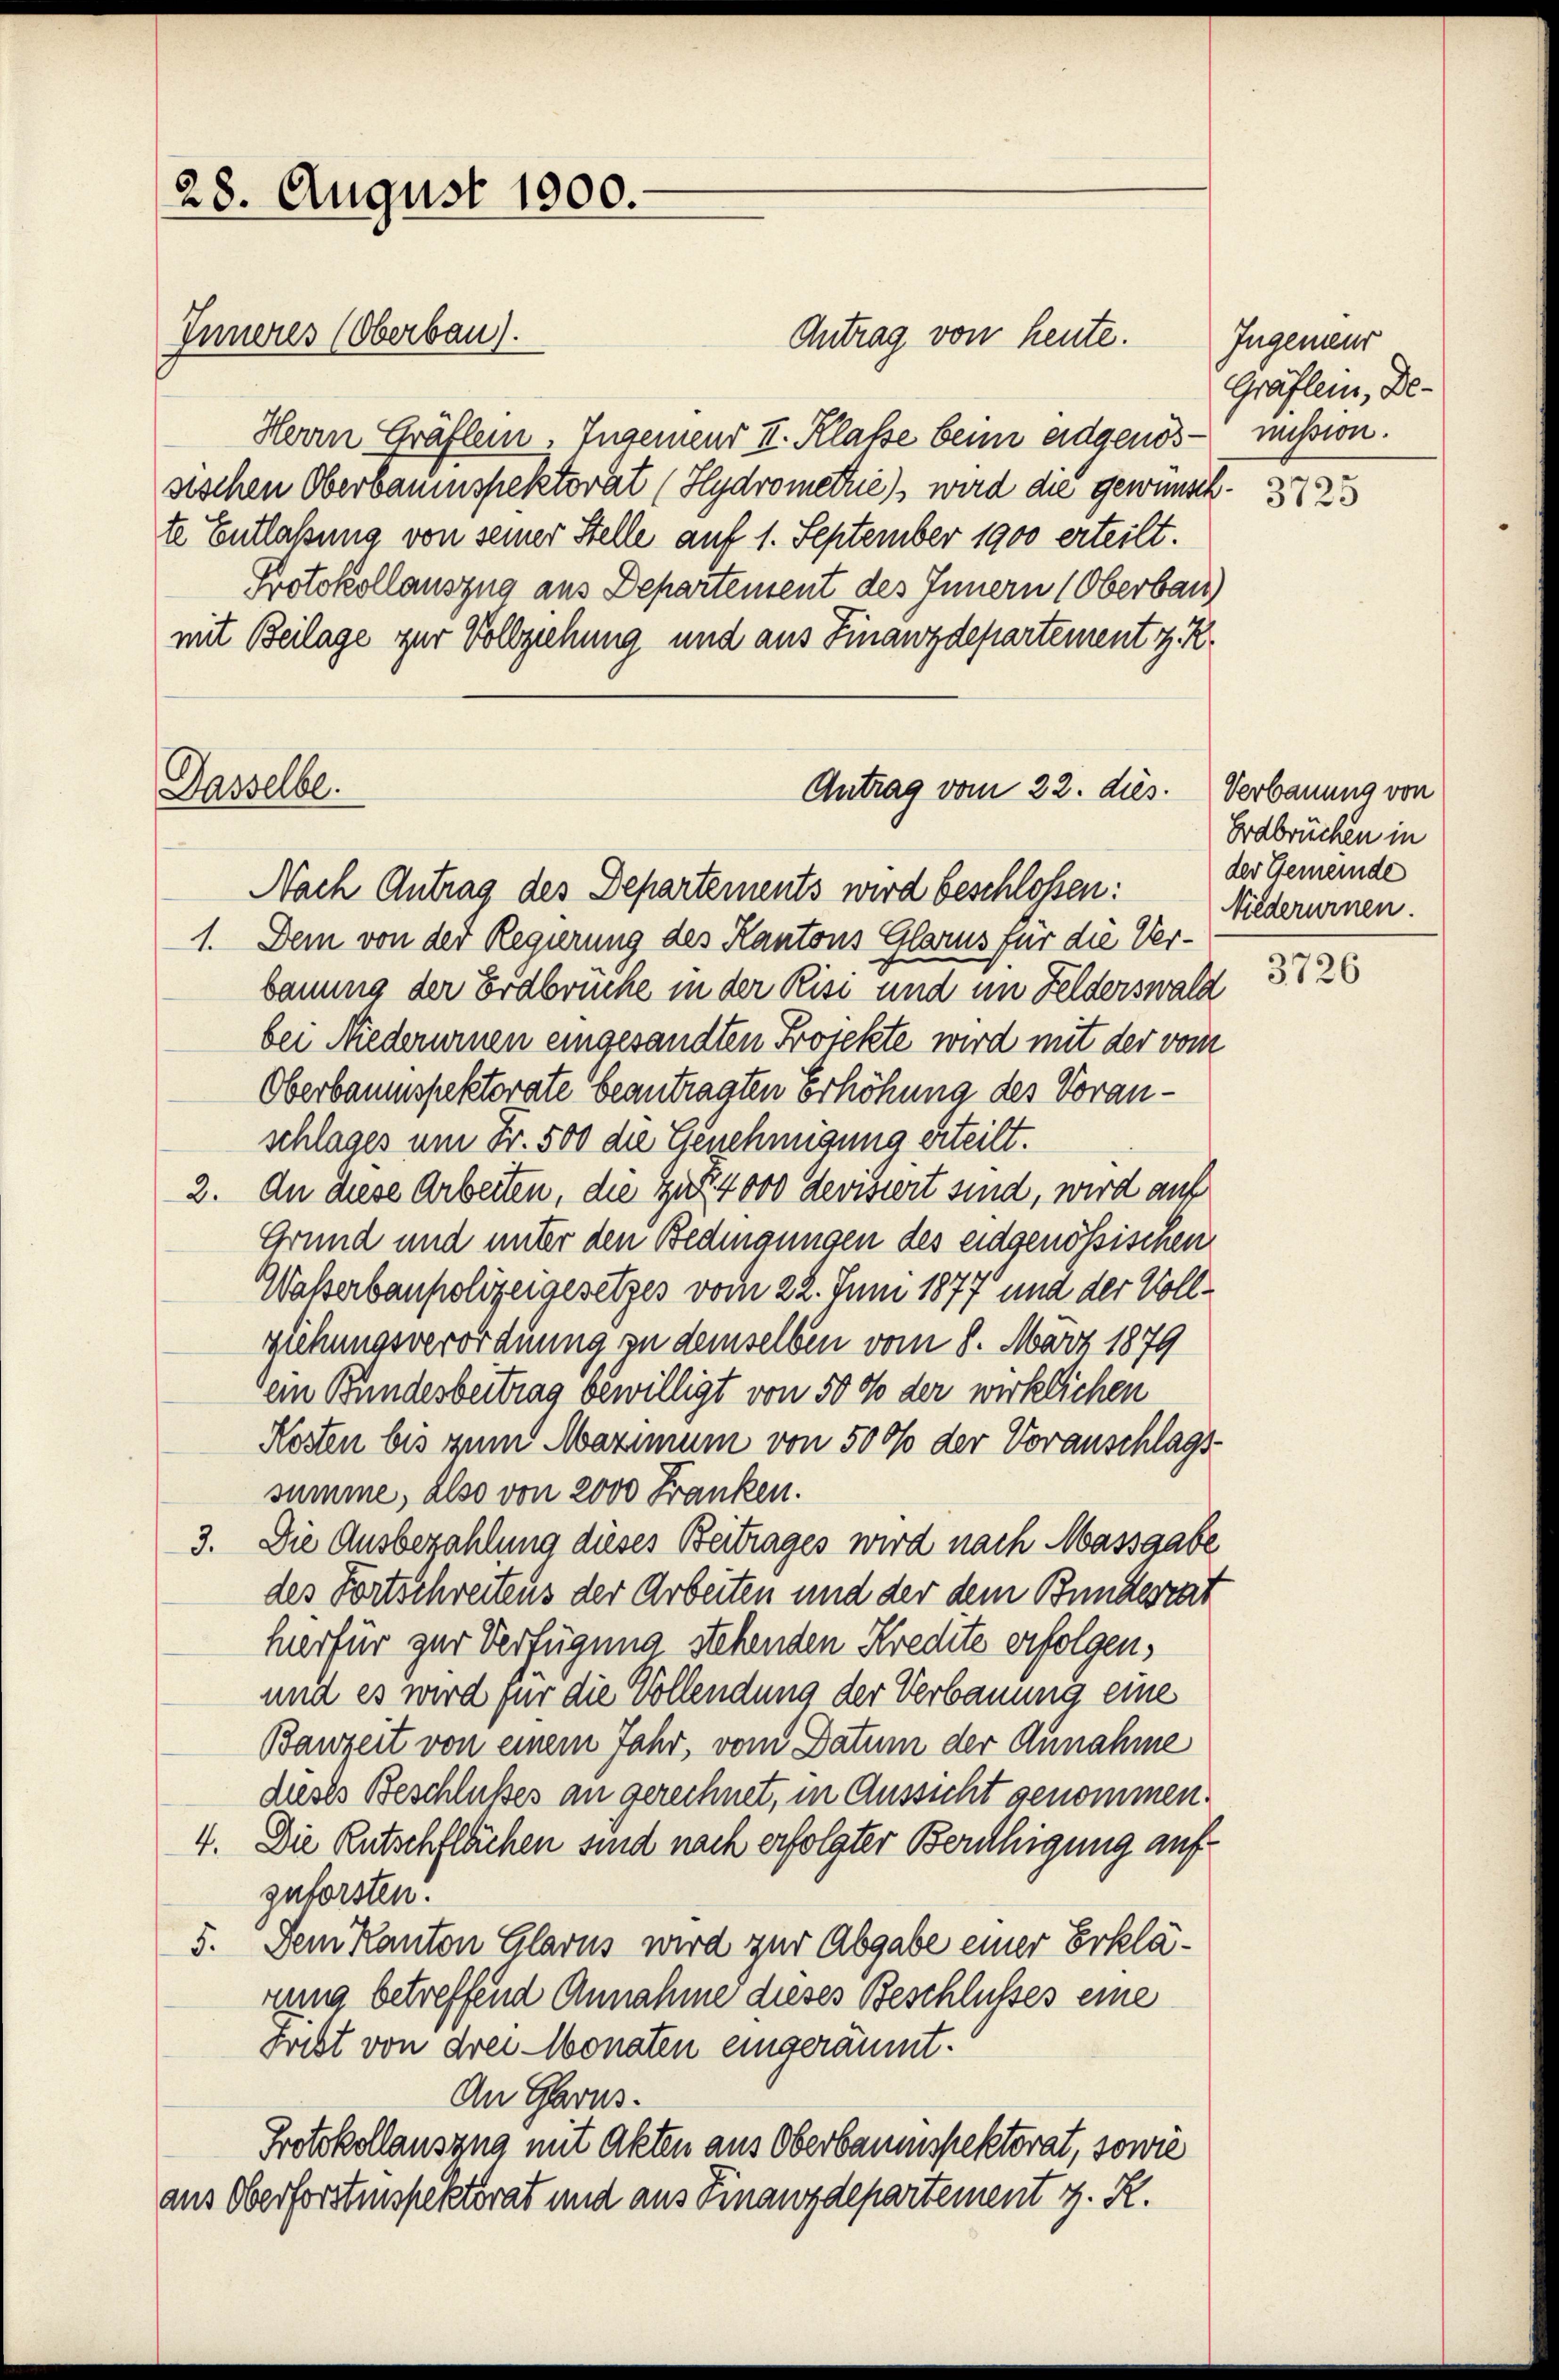
28. August 1900.
Inneres (Oberbau).

Herrn Gräflein. Ingemend II. Klasse beim eidgenös- mission.
sischen Oberbauenspektorat (Hydromedies wird die gewünschte Entlaßung von seiner Stelle auf 1. September 1900 erteilt.
Protokollauszug aus Departement des Innern (Oberbau
mit Beilage zur Vollziehung und aus Finanzdepartement z. R.
Dasselbe.
Antrag vom 22. dies. Verbauung von

Antrag von heute.

Nach Antrag des Departements wird beschlossen:
1. Dem von der Regierung des Kantons Glarus für die Verbauung der Erdbrüche in der Risi und im Felderswald
bei Niederurnen eingesandten Projekte wird mit der vom
Oberbaumspektorate beantragten Erhöhung des Voranschlages um Fr. 500 die Genehmigung erteilt.
2. An diese Arbeiten, die zu 4000 devisiert sind, wird auf
Grund und unter den Bedingungen des eidgenössischen
Waßerbaupolizeigesetzes vom 22. Juni 1877 und der Vollziehungsverordnung zu demselben vom 8. März 1879
Dein Bundesbeitrag bewilligt von 50 % der wirklichen
Kosten bis zum Maximum von 5000 der Voranschlags-
summe, also von 2000 Franken.
3. Die Ausbezahlung dieses Beitrages wird nach Massgabe
des Fortschreitens der Arbeiten und der dem Bundesrat
herfür zur Verfügung stehenden Kredite erfolgen,
und es wird für die Vollendung der Verbauung eine
Bauzeit von einem Jahr, vom Datum der Annahme
dieses Beschlußes an gerechnet, in Aussicht genommen.
4. Die Rutschflächen sind nach erfolgter Beruhigung auf
zuforsten.
5. Dem Kanton Glarus wird zur Abgabe einer Erklärung betreffend Annahme dieses Beschlusses eine
Freibt von drei Monaten eingeräumt.
An Glarus.
Protokollauszug mit Akten aus Oberbaumspektorat, sowie
aus Oberforstinspektorat und aus Finanzdepartement z. R.

Ingenieur
Gräflein, De-

3725

Erdbrüchen in
der Gemeinde
Niederurnen.

3726